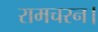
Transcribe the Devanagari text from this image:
रामचरन।